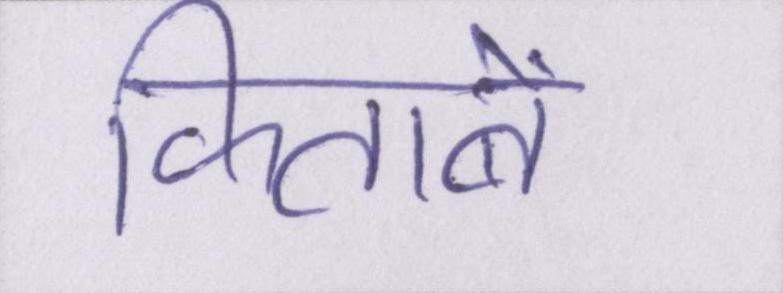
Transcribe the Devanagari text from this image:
किताबें